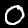
Digit: 0